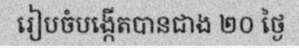
រៀបចំបង្កើតបានជាង ២០ ថ្ងៃ